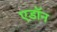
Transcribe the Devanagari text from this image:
एडॉन